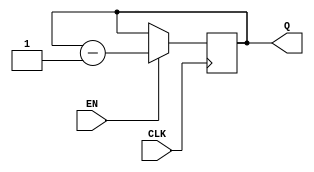
module BCD_Down_Counter (
  input CLK,      // System clock input
  input EN,       // Enable input
  output reg [3:0] Q // BCD Down Counter output
);

reg [3:0] count;

always @(posedge CLK) begin
  if (EN) begin
    count <= count - 1;
  end
end

assign Q = count;

endmodule